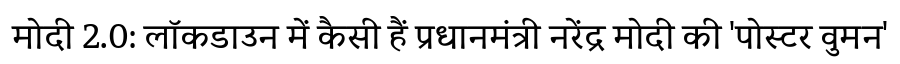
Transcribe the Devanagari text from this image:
मोदी 2.0: लॉकडाउन में कैसी हैं प्रधानमंत्री नरेंद्र मोदी की 'पोस्टर वुमन'